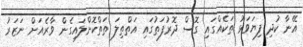
އޭނާ ކުދި ފިޔަވަޅު ތަކެއްގައި ގޮސް ދޮރުފަތުގައި އަތްތިލަ ތަތްކޮށްލައިގެން ވާރެއަށް ނަޒަރު